65_HS1-834228961_62-HQ-83894_SUB_A
Agency: FBI
Page 17
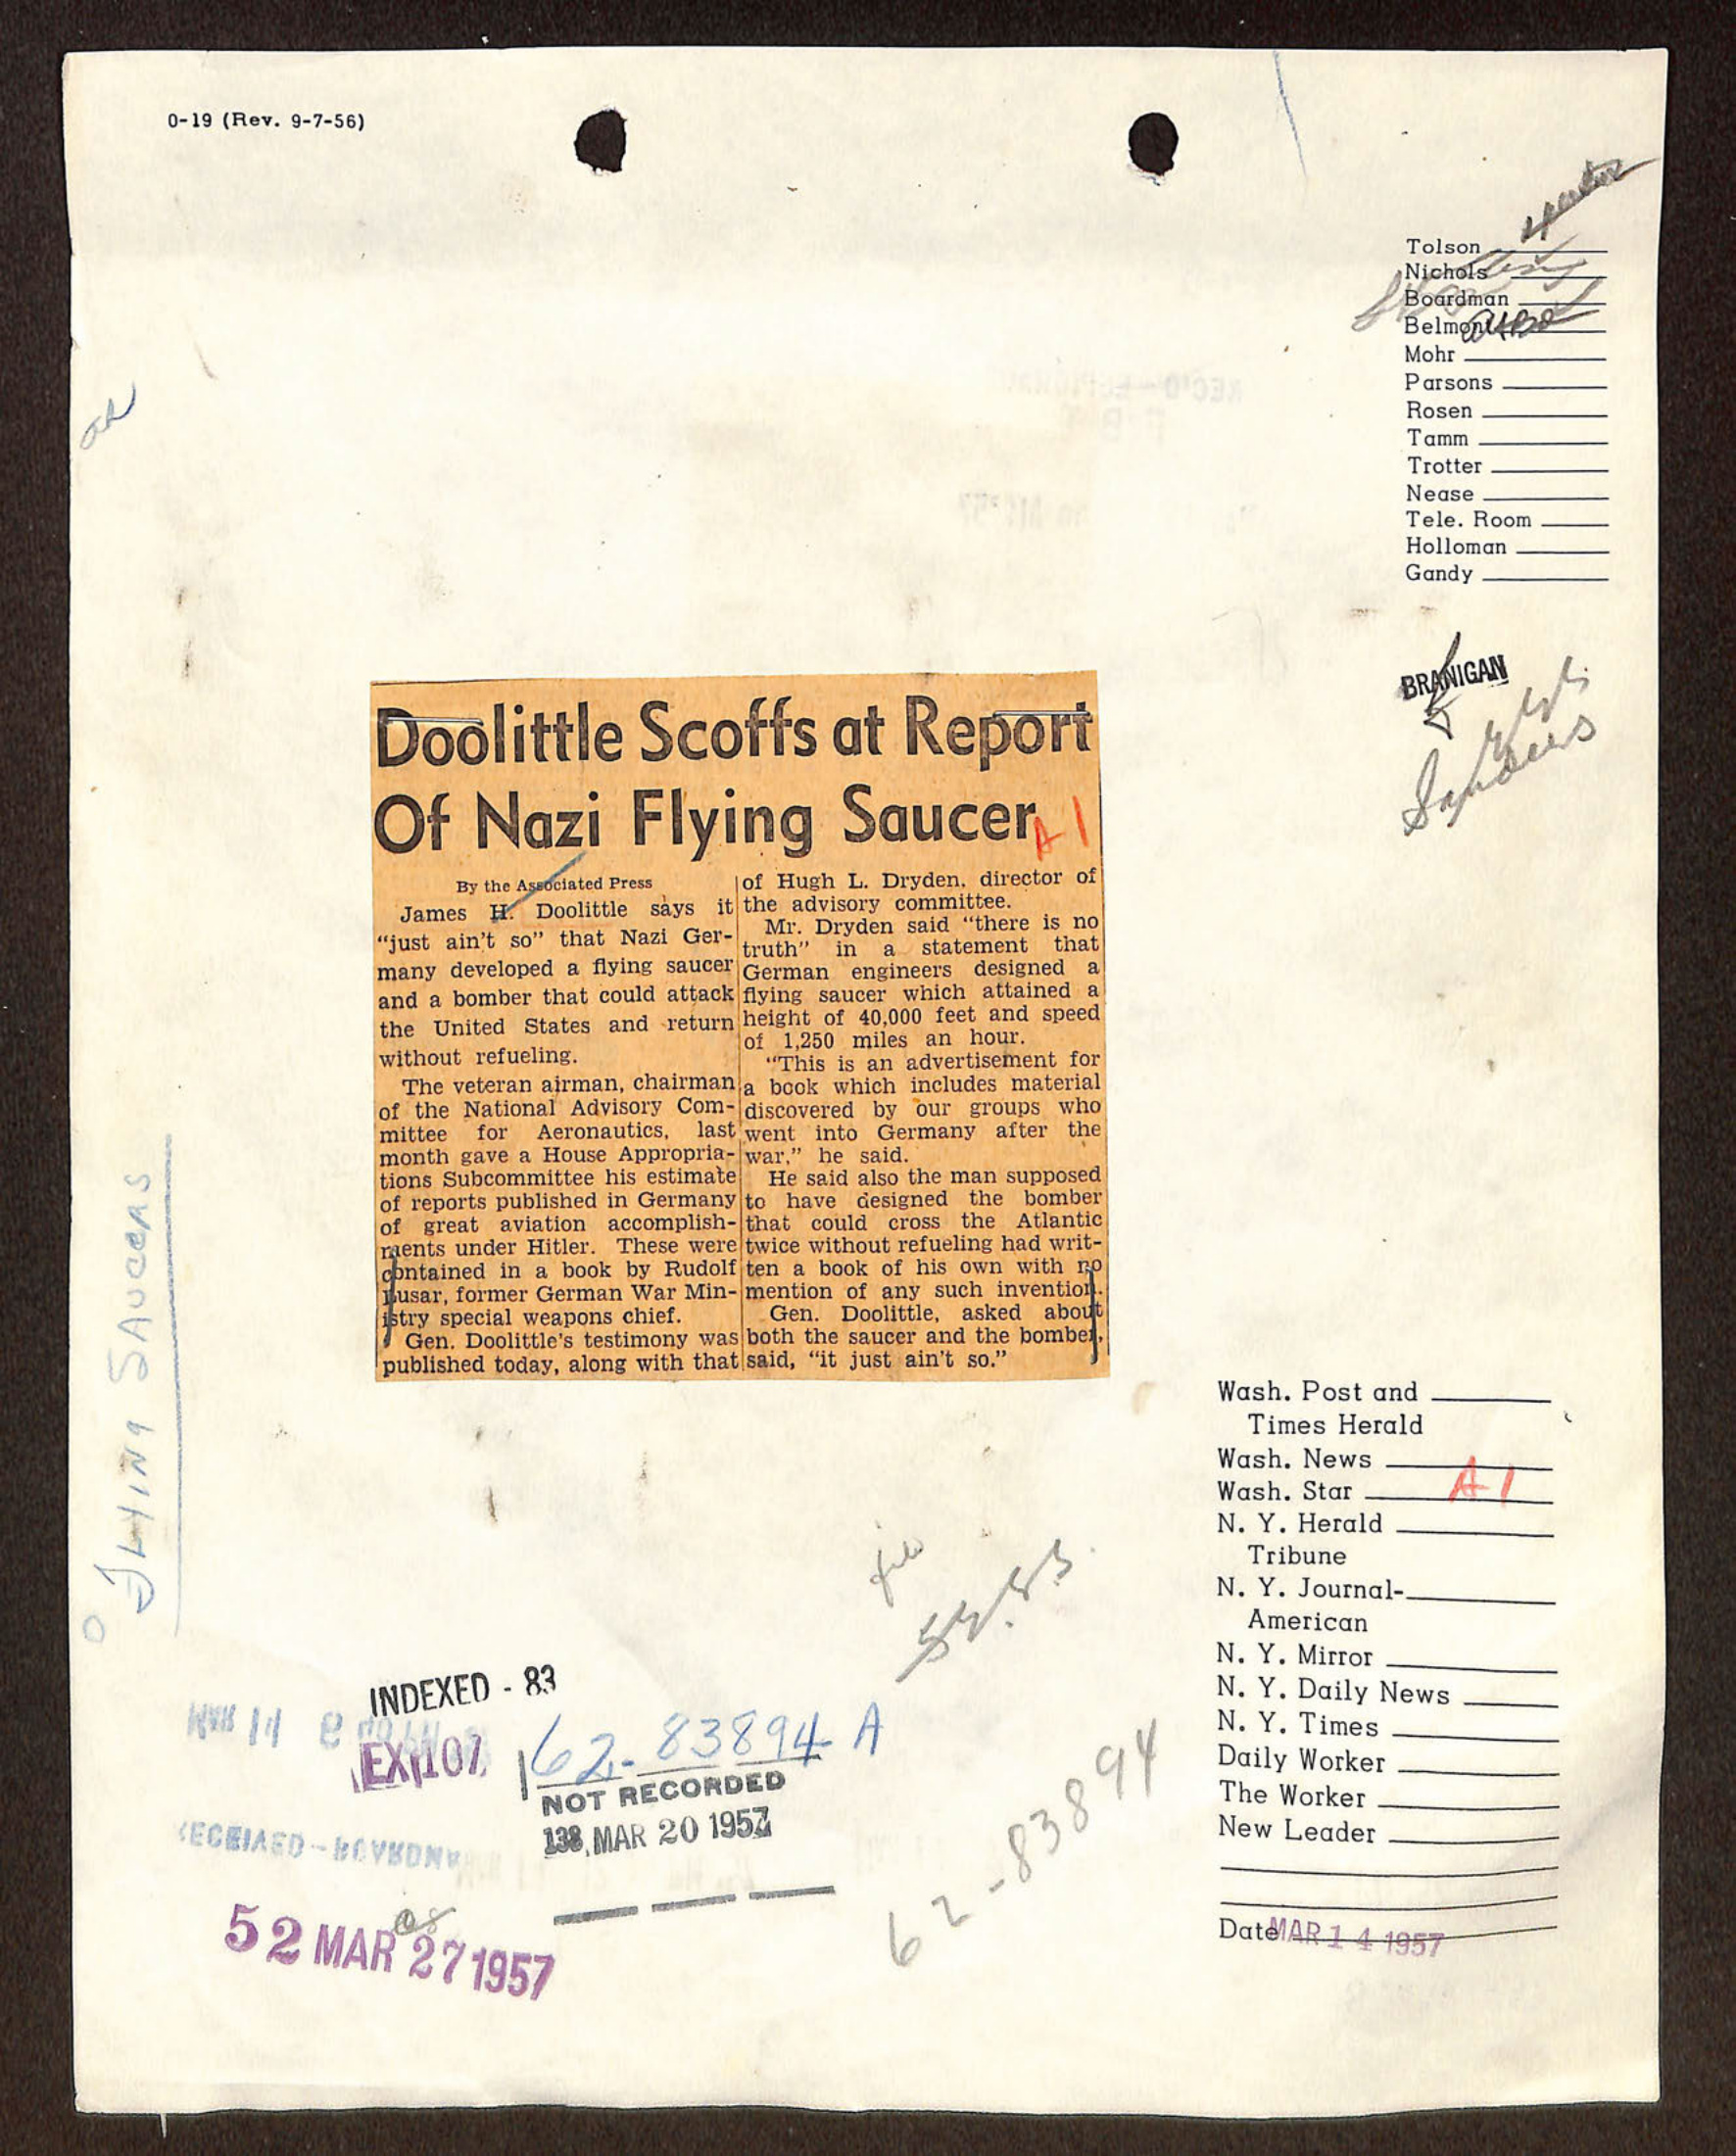